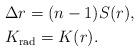
LaTeX: \begin{align*} & \Delta r = (n-1)S(r), \\ & K_{{\rm rad}} = K(r) .\end{align*}